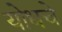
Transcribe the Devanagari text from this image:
योधचे